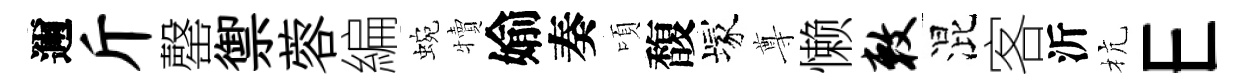
邇斤罄禦蓉編蜿犢媮奏頃馥塚尊懒敕混客沂杭E